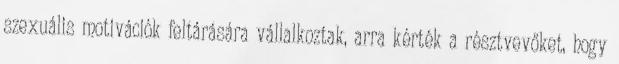
szexuális motivációk feltárására vállalkoztak, arra kérték a résztvevőket, hogy